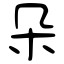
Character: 朵